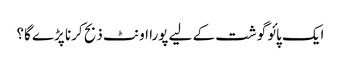
ایک پائو گوشت کے لیے پورا اونٹ ذبح کرنا پڑے گا؟